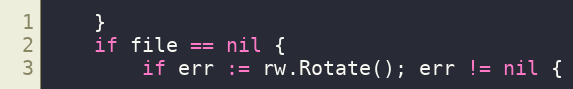
Language: Go
	}
	if file == nil {
		if err := rw.Rotate(); err != nil {